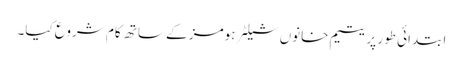
ابتدائی طور پر یتیم خانوں شیلٹر ہومز کے ساتھ کام شروع کیا۔